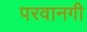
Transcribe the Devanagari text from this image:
परवानगी